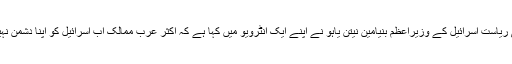
رپورٹ کے مطابق غاصب صہیونی ریاست اسرائیل کے وزیراعظم بنیامین نیتن یاہو نے اپنے ایک انٹرویو میں کہا ہے کہ اکثر عرب ممالک اب اسرائیل کو اپنا دشمن نہیں بلکہ ناگزیر اتحادی سمجھتے ہیں۔